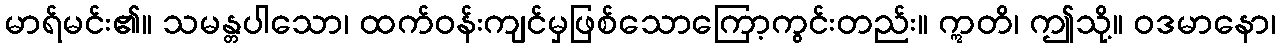
မာရ်မင်း၏။ သမန္တပါသော၊ ထက်ဝန်းကျင်မှဖြစ်သောကြော့ကွင်းတည်း။ ဣတိ၊ ဤသို့။ ဝဒမာနော၊